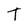
Character: T